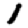
Digit: 1